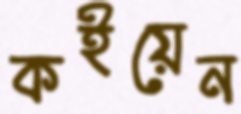
কইয়েন